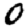
Digit: 0